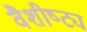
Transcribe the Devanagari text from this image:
वैशीष्ट्य